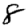
Digit: 8